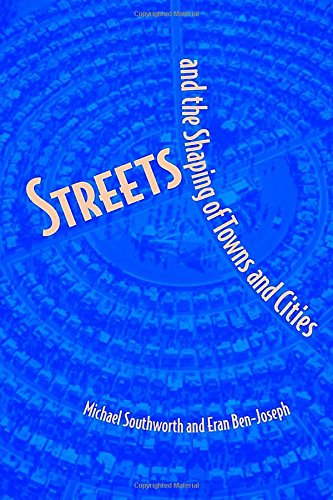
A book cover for Streets and the Shaping of Towns and Cities; Michael Southworth; Engineering & Transportation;